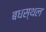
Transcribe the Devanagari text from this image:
बधस्थल